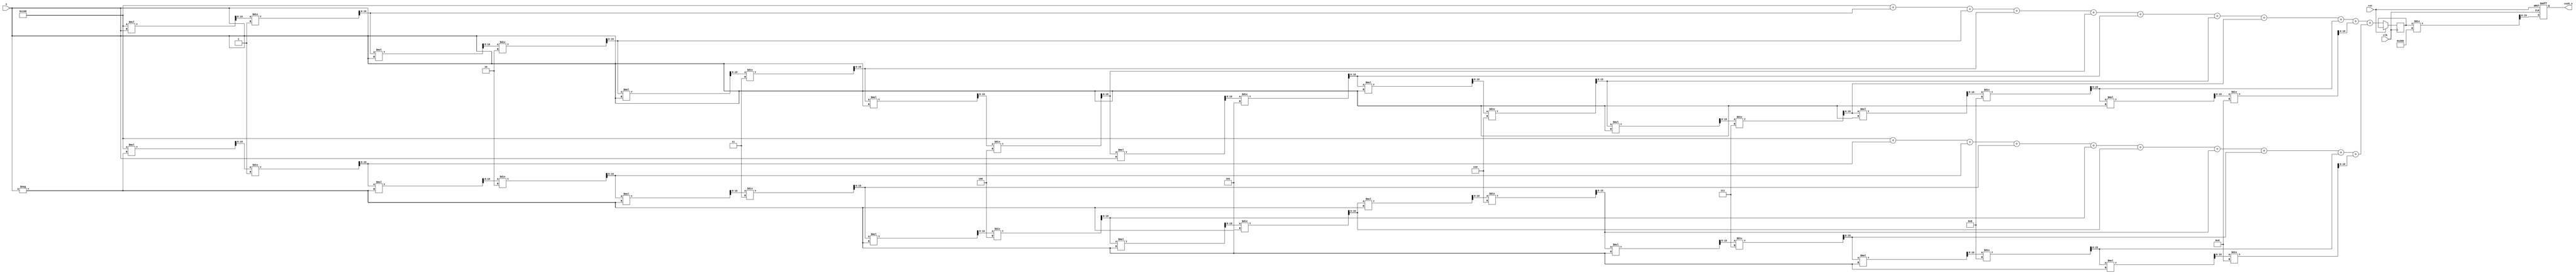
module CoshBlock #(
    parameter WIDTH = 16,  // Width of input and output
    parameter FRAC_BITS = 8 // Number of fractional bits
)(
    input wire [WIDTH-1:0] x,      // Input x
    output reg [WIDTH-1:0] cosh_x, // Output cosh(x)
    input wire clk,
    input wire rst
);

    // Internal signals
    wire [WIDTH-1:0] exp_x;
    wire [WIDTH-1:0] exp_neg_x;
    reg [WIDTH-1:0] sum_exp;
    
    // Constant for dividing by 2
    localparam DIV_CONST = (1 << (FRAC_BITS + 1)); // 2 in fixed-point representation

    // Exponential calculation using Taylor series approximation
    function [WIDTH-1:0] exp_approx;
        input [WIDTH-1:0] value;
        reg [WIDTH-1:0] term;
        reg [WIDTH-1:0] result;
        integer i;
        begin
            result = 0;
            term = 1 << FRAC_BITS; // Initialize term to 1 (fixed-point)
            for (i = 0; i < 10; i = i + 1) begin // 10 terms in the series
                result = result + term;
                term = (term * value) >>> FRAC_BITS; // Multiply by x, shift for fixed-point
                term = term / (i + 1); // Divide by factorial i (using only integer division)
            end
            exp_approx = result;
        end
    endfunction

    // Calculate e^x and e^(-x)
    assign exp_x = exp_approx(x);
    assign exp_neg_x = exp_approx(-x);

    // Compute cosh(x) = (e^x + e^(-x)) / 2
    always @(posedge clk or posedge rst) begin
        if (rst) begin
            cosh_x <= 0;
        end else begin
            sum_exp <= exp_x + exp_neg_x; // Add e^x and e^(-x)
            cosh_x <= sum_exp / DIV_CONST; // Divide by 2
        end
    end

endmodule